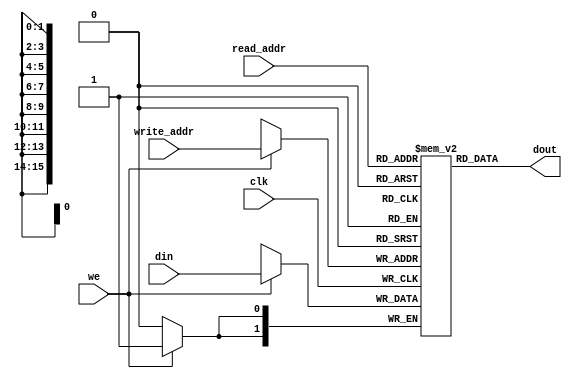
module ram_simple_dp_async_read_65536x2 (clk, we, read_addr, write_addr, din, dout);
    input clk, we;
    input [15:0] read_addr, write_addr;
    input [1:0] din;
    output [1:0] dout;
    
    reg [1:0] ram [65535:0];

    always @(posedge clk)
    begin
        if (we)
            ram[write_addr] <= din;
    end

    assign dout = ram[read_addr];

endmodule